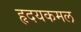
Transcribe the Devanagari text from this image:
हृदयकमल